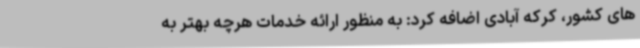
های کشور، کرکه آبادی اضافه کرد: به منظور ارائه خدمات هرچه بهتر به